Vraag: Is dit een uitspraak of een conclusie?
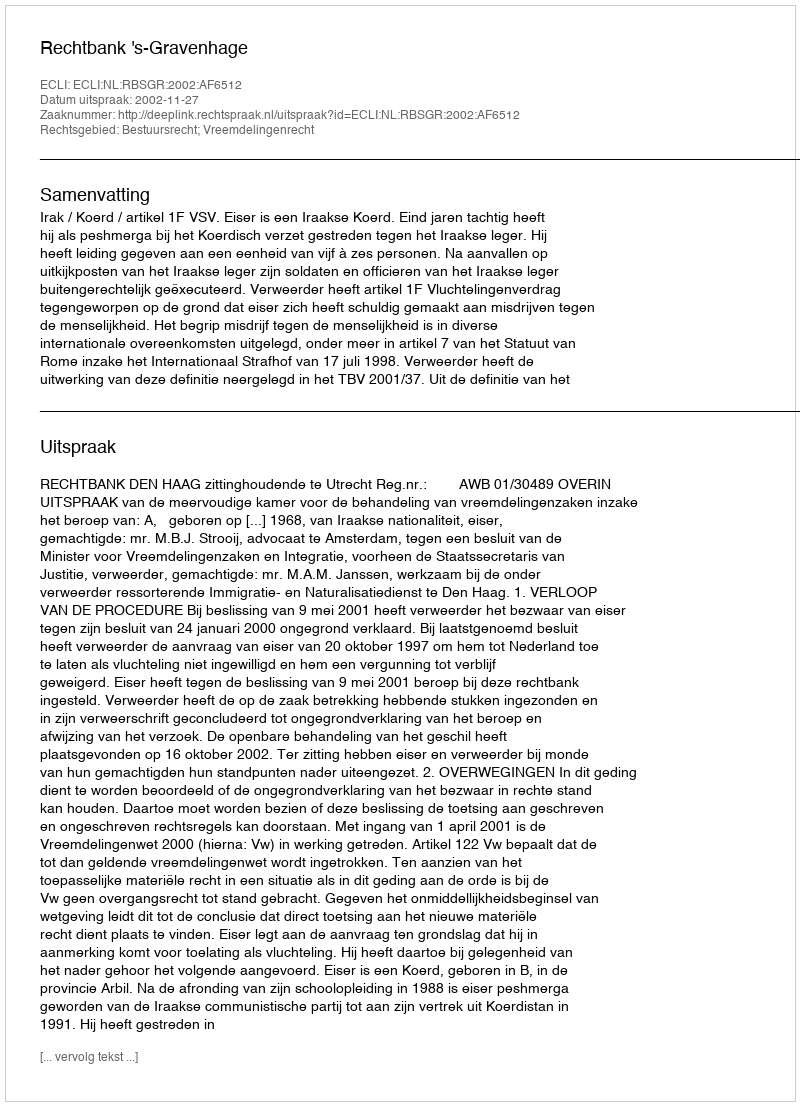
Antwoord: Uitspraak